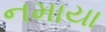
નમાયા